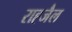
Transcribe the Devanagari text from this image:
राह्जैल